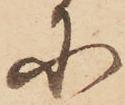
に